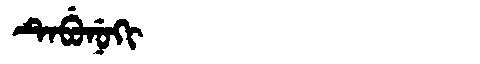
Manchu: ᡨᡝᠪᡠᠨᡠᡴᡳ
Romanization: TEBUNUKI